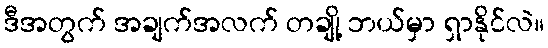
ဒီအတွက် အချက်အလက် တချို့ ဘယ်မှာ ရှာနိုင်လဲ။